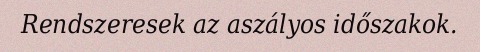
Rendszeresek az aszályos időszakok.